Indian journal of veterinary science and animal husbandry - Volumes 18-21, 1948-1951
Year: 1948
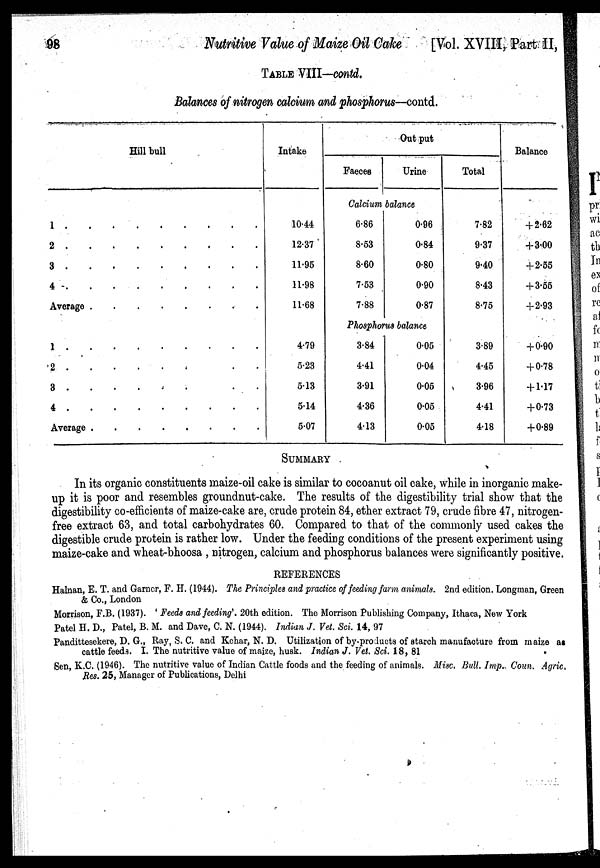
98
Nutritive Value of Maize Oil Cake
[Vol. XVIII, Part II,
TABLE VIII—contd.
Balances of nitrogen calcium and phosphorus—contd.
Hill bull
1
.
.
.
.
.
.
.
.
.
2
.
.
.
.
.
.
.
.
.
3
.
.
.
.
.
.
.
.
.
4
.
.
.
.
.
.
.
.
.
Average
.
.
.
.
.
.
.
.
.
1
.
.
.
.
.
.
.
.
.
2
.
.
.
.
.
.
.
.
.
3
.
.
.
.
.
.
.
.
.
4
.
.
.
.
.
.
.
.
.
Average
.
.
.
.
.
.
.
.
.
Intake
10.44
12.37
11.95
11.98
11.68
4.79
5.23
5.13
5.14
5.07
Out put
Faeces
Urine
Calcium balance
6.86
8.53
8.60
7.53
7.88
0.96
0.84
0.80
0.90
0.87
Phosphorus balance
3.84
4.41
3.91
4.36
4.13
0.05
0.04
0.05
0.05
0.05
Total
7.82
9.37
9.40
8.43
8.75
3.89
4.45
3.96
4.41
4.18
Balance
+2.62
+ 3.00
+ 2.55
+ 3.55
+ 2.93
+ 0.90
+ 0.78
+ 1.17
+ 0.73
+ 0.89
SUMMARY
In its organic constituents maize-oil cake is similar to cocoanut oil cake, while in inorganic make-
up it is poor and resembles groundnut-cake. The results of the digestibility trial show that the
digestibility co-efficients of maize-cake are, crude protein 84, ether extract 79, crude fibre 47, nitrogen-
free extract 63, and total carbohydrates 60. Compared to that of the commonly used cakes the
digestible crude protein is rather low. Under the feeding conditions of the present experiment using
maize-cake and wheat-bhoosa , nitrogen, calcium and phosphorus balances were significantly positive.
REFERENCES
Halnan, E. T. and Garner, F. H. (1944). The Principles and practice of feeding farm animals. 2nd edition. Longman, Green
& Co., London
Morrison, F.B. (1937). ' Feeds and feeding'. 20th edition. The Morrison Publishing Company, Ithaca, New York
Patel H. D., Patel, B. M. and Dave, C. N. (1944). Indian J. Vet. Sci. 14, 97
Pandittesekere, D. G., Ray, S. C. and Kehar, N. D. Utilization of by-products of starch manufacture from maize as
cattle feeds. I. The nutritive value of maize, husk. Indian J. Vet. Sci. 18, 81
Sen, K.C. (1946). The nutritive value of Indian Cattle foods and the feeding of animals. Misc. Bull. Imp. Coun. Agric.
Res. 25, Manager of Publications, Delhi